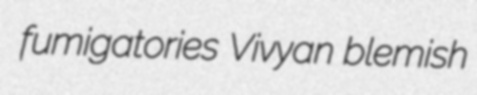
fumigatories Vivyan blemish